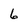
Character: 6